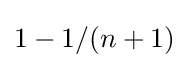
1-1/(n+1)